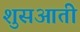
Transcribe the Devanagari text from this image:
शुसआती